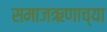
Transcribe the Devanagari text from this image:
समाजऋणाच्या